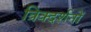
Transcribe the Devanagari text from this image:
त्रिक्दर्शनों